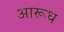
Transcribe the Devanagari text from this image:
आरूध